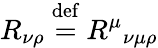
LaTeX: R_{\nu\rho}\ {\stackrel{\mathrm{def}}{=}}\ {R^{\mu}}_{\nu\mu\rho}